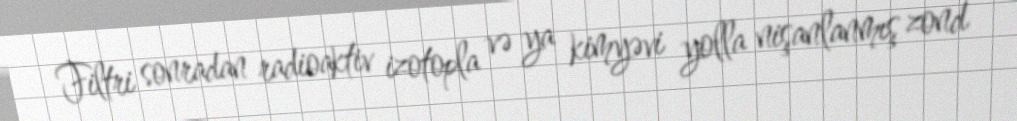
Filtri sonradan radioaktiv izotopla və ya kimyəvi yolla nişanlanmış zond